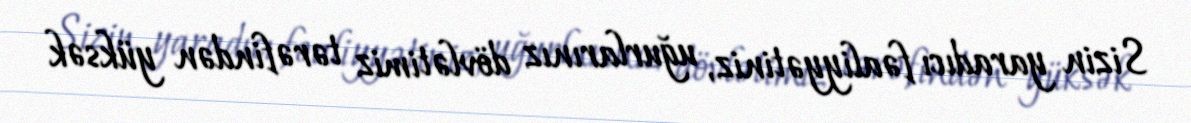
Sizin yaradıcı fəaliyyətiniz, uğurlarınız dövlətimiz tərəfindən yüksək